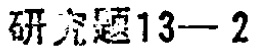
研究题13—2